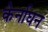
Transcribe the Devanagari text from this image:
केर्नाघन